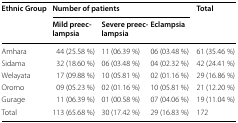
<table><thead><tr><td rowspan="2"><b>Ethnic Group</b></td><td colspan="3"><b>Number of patients</b></td><td rowspan="2"><b>Total</b></td></tr><tr><td><b>Mild preeclampsia</b></td><td><b>Severe preeclampsia</b></td><td><b>Eclampsia</b></td></tr></thead><tbody><tr><td>Amhara</td><td>44 (25.58 %)</td><td>11 (06.39 %)</td><td>06 (03.48 %)</td><td>61 (35.46 %)</td></tr><tr><td>Sidama</td><td>32 (18.60 %)</td><td>06 (03.48 %)</td><td>04 (02.32 %)</td><td>42 (24.41 %)</td></tr><tr><td>Welayata</td><td>17 (09.88 %)</td><td>10 (05.81 %)</td><td>02 (01.16 %)</td><td>29 (16.86 %)</td></tr><tr><td>Oromo</td><td>09 (05.23 %)</td><td>02 (01.16 %)</td><td>10 (05.81 %)</td><td>21 (12.20 %)</td></tr><tr><td>Gurage</td><td>11 (06.39 %)</td><td>01 (00.58 %)</td><td>07 (04.06 %)</td><td>19 (11.04 %)</td></tr><tr><td>Total</td><td>113 (65.68 %)</td><td>30 (17.42 %)</td><td>29 (16.83 %)</td><td>172</td></tr></tbody></table>